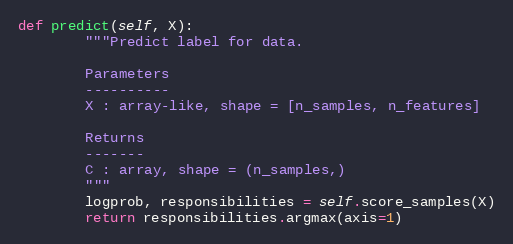
Language: Python
def predict(self, X):
        """Predict label for data.

        Parameters
        ----------
        X : array-like, shape = [n_samples, n_features]

        Returns
        -------
        C : array, shape = (n_samples,)
        """
        logprob, responsibilities = self.score_samples(X)
        return responsibilities.argmax(axis=1)